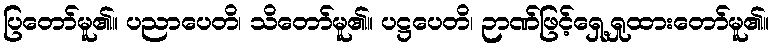
ပြတော်မူ၏။ ပညာပေတိ၊ သိတော်မူ၏။ ပဋ္ဌပေတိ၊ ဉာဏ်ဖြင့်ရှေ့ရှုထားတော်မူ၏။